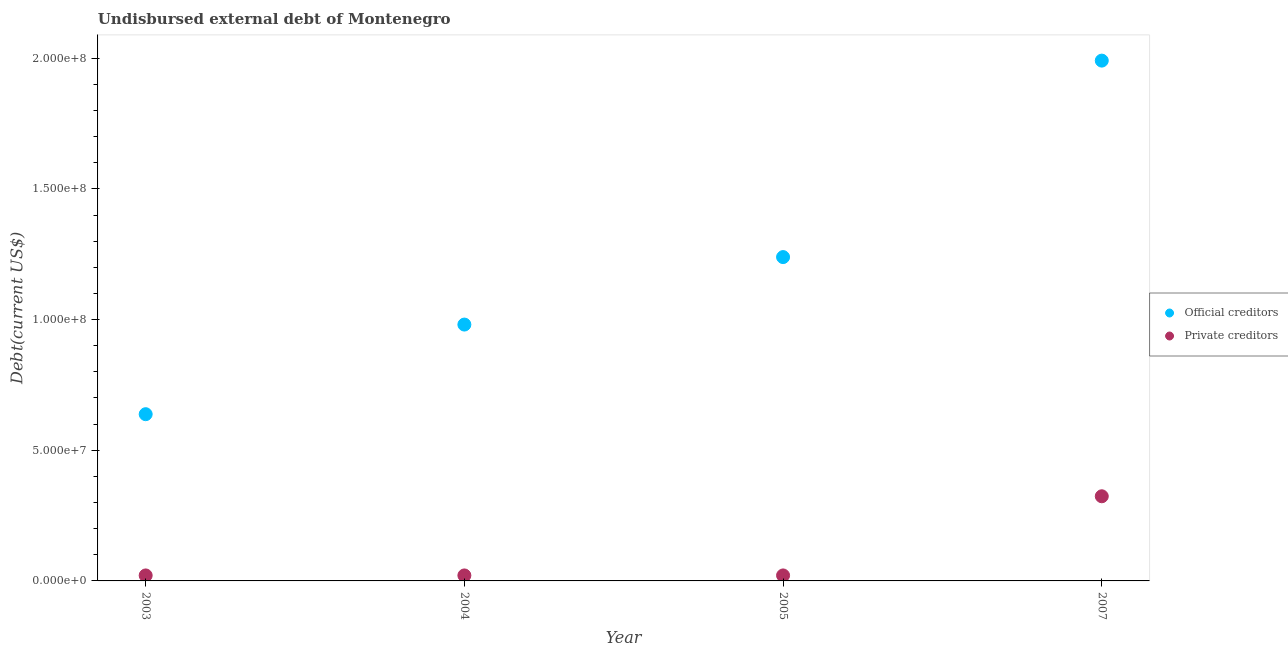
| Year | Official creditors | Private creditors |
 | --- | --- | --- |
 | 2003 | 6.38e+07 | 2.1e+06 |
 | 2004 | 9.81e+07 | 2.1e+06 |
 | 2005 | 1.24e+08 | 2.1e+06 |
 | 2007 | 1.99e+08 | 3.24e+07 |